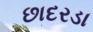
છાદરડા